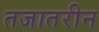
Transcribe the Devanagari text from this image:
तजातरीन